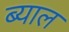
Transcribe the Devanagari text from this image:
ब्‍याल